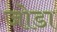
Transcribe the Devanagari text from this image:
जाेडा